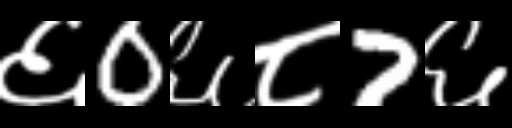
Text: ६0६८7६